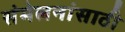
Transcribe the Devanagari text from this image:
संमेलनांसाठी